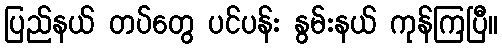
ပြည်နယ် တပ်တွေ ပင်ပန်း နွမ်းနယ် ကုန်ကြပြီ။